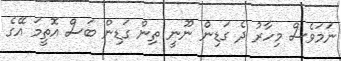
ނަމަވެސް މިހާރު ދެ ގަޑިން ނޫނީ ތިން ގަޑިން ބަސް އޮތީމަ އޭގެ